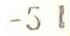
-51